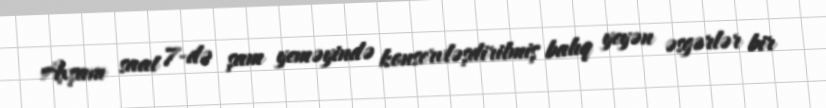
Axşam saat 7-də şam yeməyində konservləşdirilmiş balıq yeyən əsgərlər bir